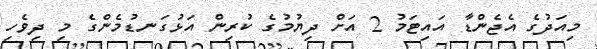
މިއަދުގެ އެޖެންޑާ އައިޓަމު 2 އަށް ދިޔުމުގެ ކުރިން އަޅުގަނޑުމެންގެ މި ދިވެހި